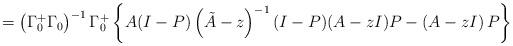
LaTeX: \begin{align*}=\left( \Gamma_{0}^{+}\Gamma_{0} \right)^{-1}\Gamma_{0}^{+}\left\{ A(I-P)\left( \tilde{A}-z \right)^{-1}(I-P)(A-zI)P-\left( A-zI \right)P \right\}\end{align*}